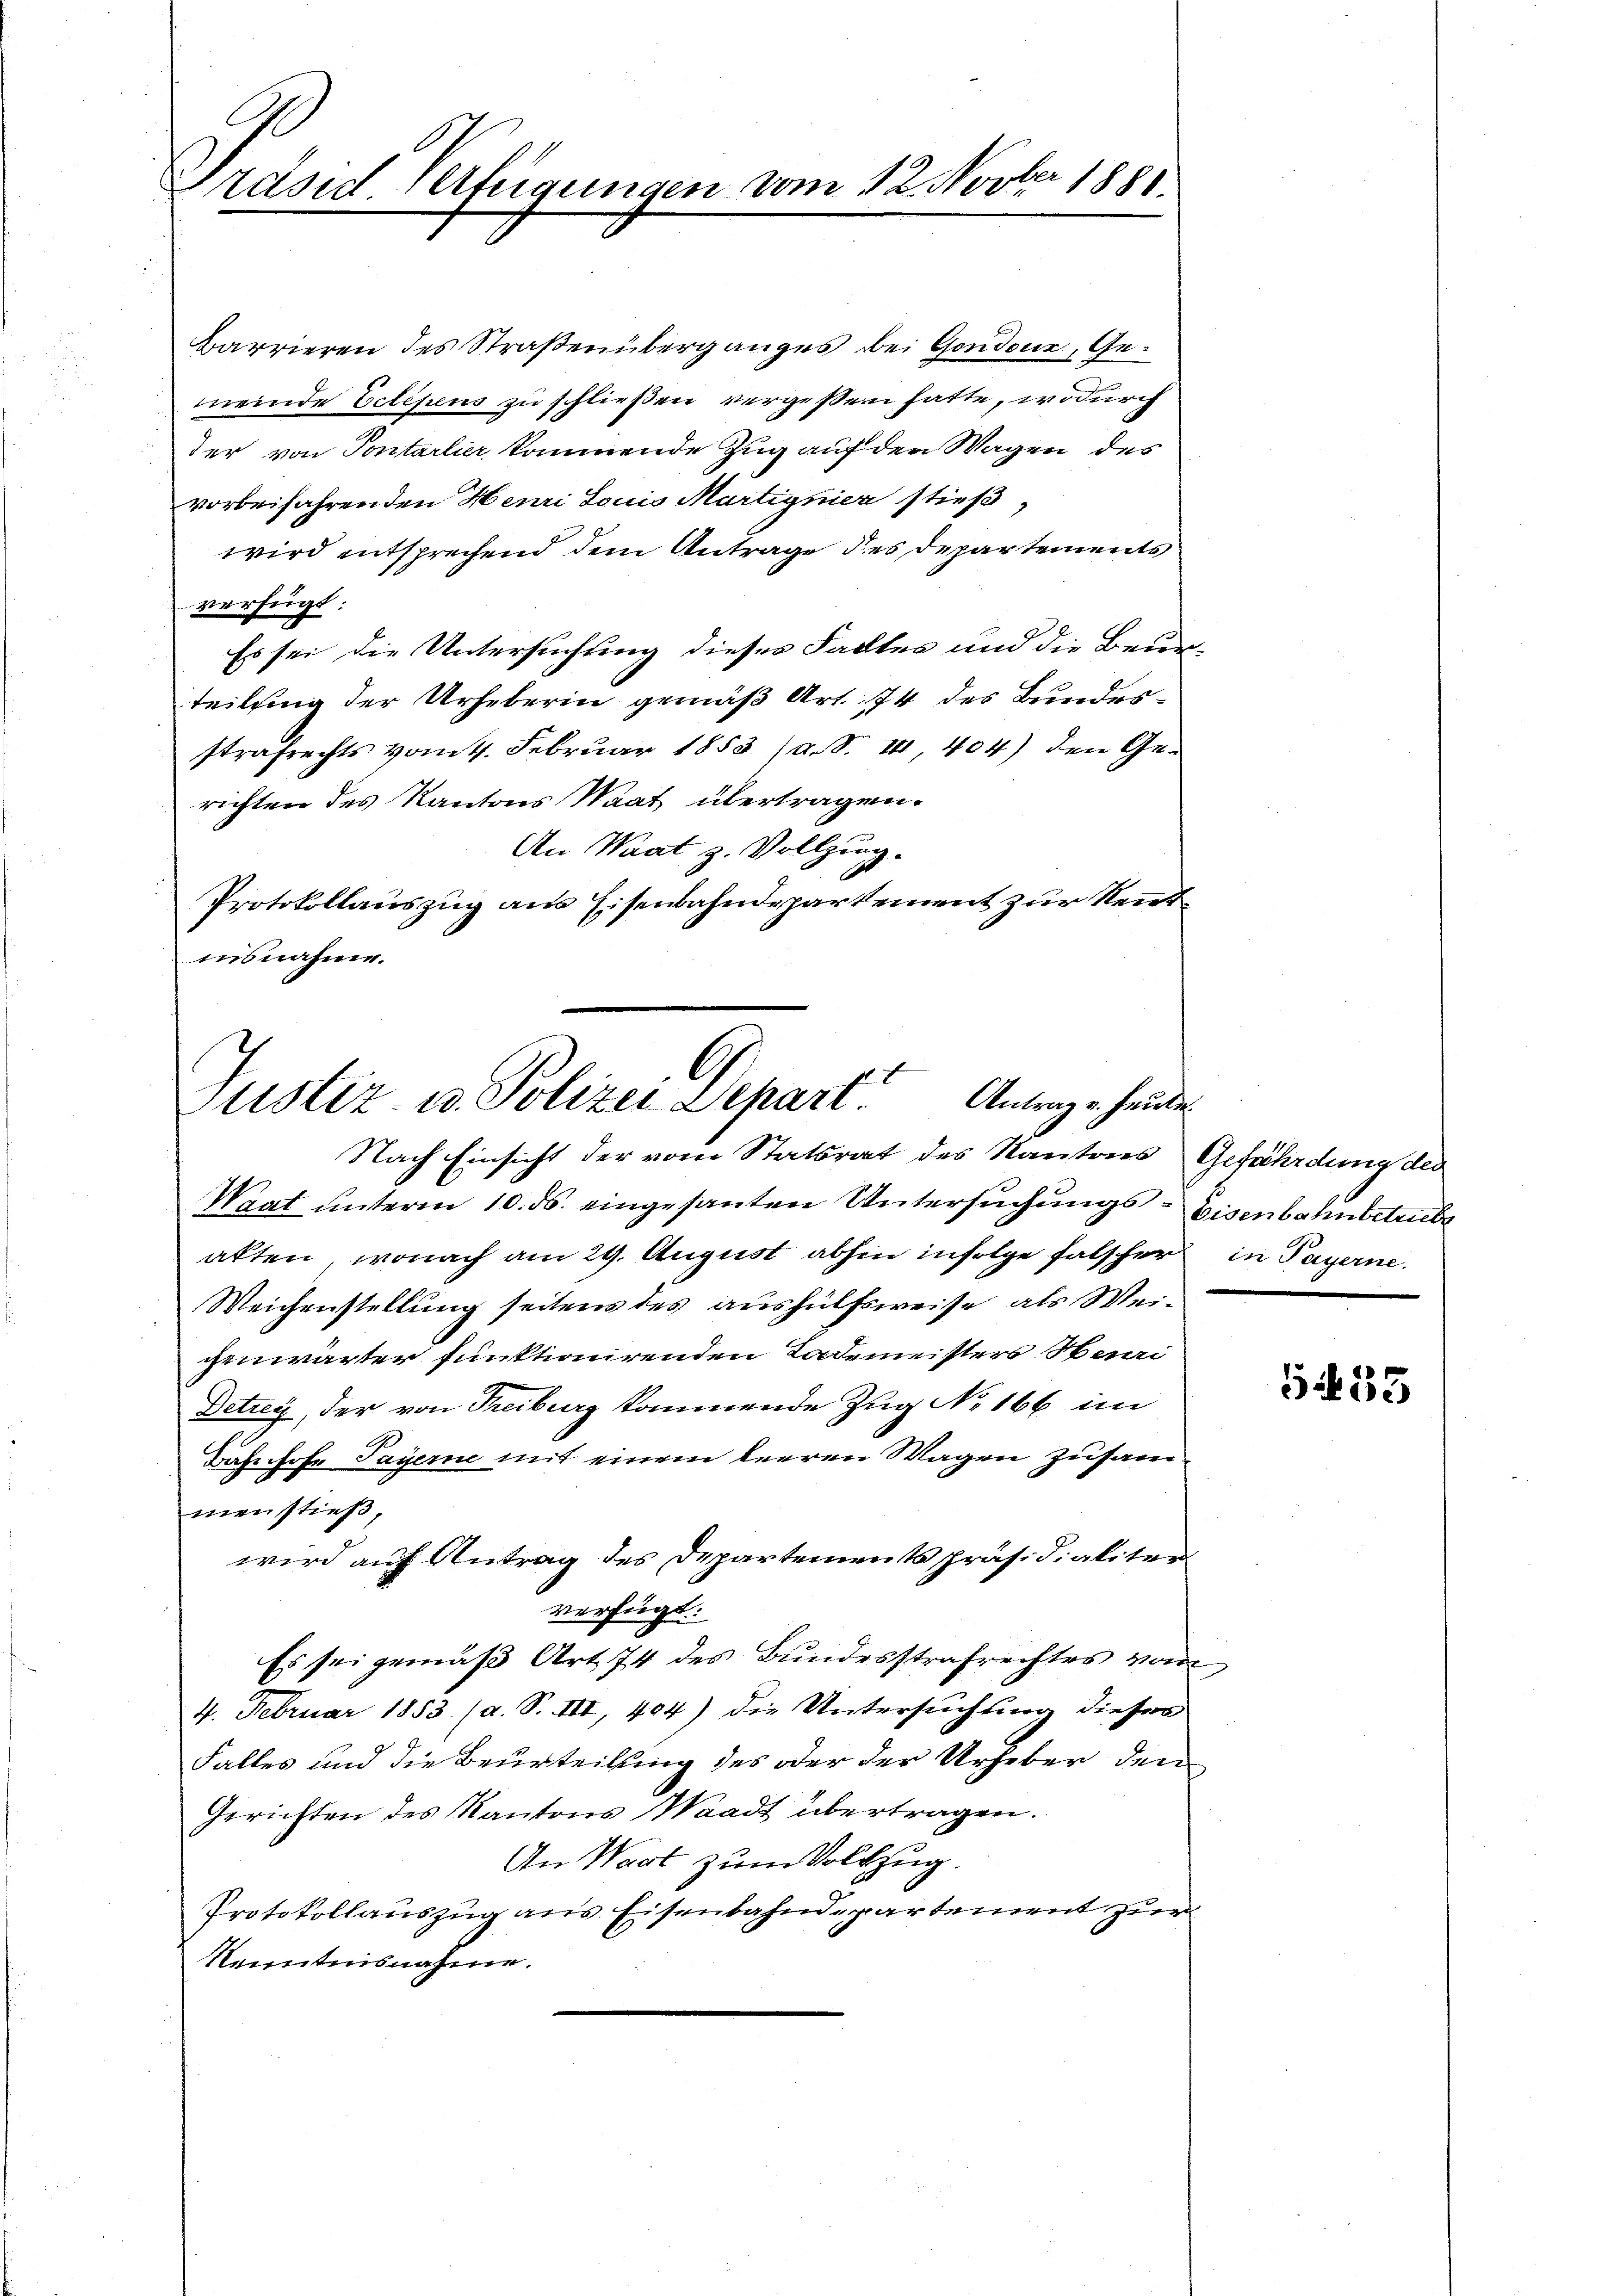
Präsidierteigungen vom 12. Novber 1881.

Barrieren des Straßenüberganges bei Gondone, Gemeinde Oetipens zu schließen vergessen hatte, wodurch
der von Pontarlier kommende Zug auf den Wagen des
vorbeifahrenden Henri Louis Martignier stieß,
wird entsprechend dem Antrage des Departements
verfügt:
Es sei die Untersuchung dieses Faltes und die Beur-
teilsing der Urheberin gemäß Art. 74 des Bundesstrafrechts vom 4. Februar 1853 (a. S. II, 404) den Gerichten des Kantons Staat übertragen.
An Waat z. Vollzug.
Protokollauszug aus Eisenbahndepartement zur Kennt¬
Ausnahme.

G
Justiz- u. Polizei Depart Antrage heute

Nach Einsicht der vom Statsrat des Kantons Gefährdung des
Waat unterm 10. ds. eingesanten Untersuchungs-Eisenbahnbetriebe
akten, wonach am 29. August abhin infolge falscher in Payerne
Weichenstellung seitens des aushülfsweise, als Weichenwärter funktionirenden Tademeisters Hei
Detrey, der von Freiburg kommende Zug No 166 im
Bahnhofe Payerne mit einem leeren Wagen Zusammenstieß,
wird auf Antrag des Departements Präsidialiter
verfügt:
Es sei gemäβ Art. 74 des Bundesstrafrechtes vom
4. Februar 1853 (a. S. III, 404) die Untersuchung dieser
Falles und die Beurteilung des oder der Urheber den
Gerichten des Kantons Waadt übertragen.
An Wart zum Volkzug.
Protokollauszug aus. Eisenbahndepartement zur
Kenntnisnahme.

3235